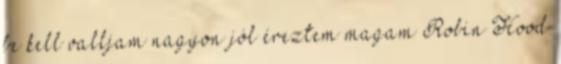
be kell valljam nagyon jól éreztem magam Robin Hood